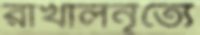
রাখালনৃত্যে